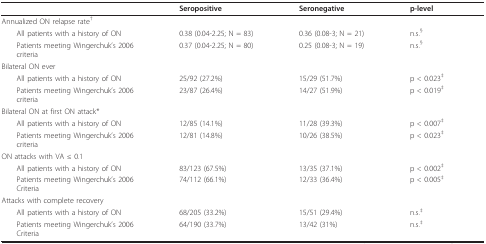
<table><thead><tr><td></td><td><b>Seropositive</b></td><td><b>Seronegative</b></td><td><b>p-level</b></td></tr></thead><tbody><tr><td>Annualized ON relapse rate<sup>†</sup></td><td></td><td></td><td></td></tr><tr><td> All patients with a history of ON</td><td>0.38 (0.04-2.25; N = 83)</td><td>0.36 (0.08-3; N = 21)</td><td>n.s.<sup>§</sup></td></tr><tr><td> Patients meeting Wingerchuk&#x27;s 2006criteria</td><td>0.37 (0.04-2.25; N = 80)</td><td>0.25 (0.08-3; N = 19)</td><td>n.s.<sup>§</sup></td></tr><tr><td>Bilateral ON ever</td><td></td><td></td><td></td></tr><tr><td> All patients with a history of ON</td><td>25/92 (27.2%)</td><td>15/29 (51.7%)</td><td>p &lt; 0.023<sup>‡</sup></td></tr><tr><td> Patients meeting Wingerchuk&#x27;s 2006criteria</td><td>23/87 (26.4%)</td><td>14/27 (51.9%)</td><td>p &lt; 0.019<sup>‡</sup></td></tr><tr><td>Bilateral ON at first ON attack*</td><td></td><td></td><td></td></tr><tr><td> All patients with a history of ON</td><td>12/85 (14.1%)</td><td>11/28 (39.3%)</td><td>p &lt; 0.007<sup>‡</sup></td></tr><tr><td> Patients meeting Wingerchuk&#x27;s 2006criteria</td><td>12/81 (14.8%)</td><td>10/26 (38.5%)</td><td>p &lt; 0.023<sup>‡</sup></td></tr><tr><td>ON attacks with VA ≤ 0.1</td><td></td><td></td><td></td></tr><tr><td> All patients with a history of ON</td><td>83/123 (67.5%)</td><td>13/35 (37.1%)</td><td>p &lt; 0.002<sup>‡</sup></td></tr><tr><td> Patients meeting Wingerchuk&#x27;s 2006Criteria</td><td>74/112 (66.1%)</td><td>12/33 (36.4%)</td><td>p &lt; 0.005<sup>‡</sup></td></tr><tr><td>Attacks with complete recovery</td><td></td><td></td><td></td></tr><tr><td> All patients with a history of ON</td><td>68/205 (33.2%)</td><td>15/51 (29.4%)</td><td>n.s.<sup>‡</sup></td></tr><tr><td> Patients meeting Wingerchuk&#x27;s 2006Criteria</td><td>64/190 (33.7%)</td><td>13/42 (31%)</td><td>n.s.<sup>‡</sup></td></tr></tbody></table>